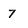
Character: 7